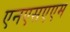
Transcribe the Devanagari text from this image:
एनएसएएम